Code of medical and sanitary regulations for the guidance of medical officers serving in the Madras Presidency - Volume II
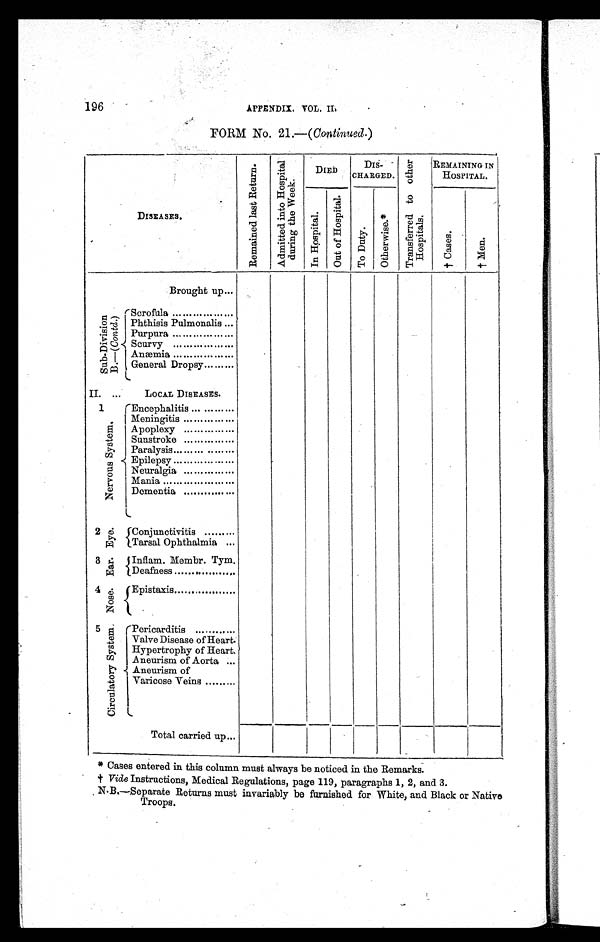
196
APPENDIX. VOL. II.
FORM No. 21.—( Continued. )
DISEASES.
R e m a i n e d l a s t R e t u r n .
A d m i t t e d i n t o H o s p i t a l
d u r i n g t h e We e k .
DIED
DIS-
CHARGED.
T r a n s f e r r e d t o o t h e r
H o s p i t a l s .
REMAINING IN
HOSPITAL.
I n Hos pi t a l . O u t o f H o s p i t a l .
T o D u t y .
O t h e r w i s e . *
† C a s e s .
† M e n .
Brought up...
S u b - D i v i s i o n
B . — (
C o n t d .
)
Scrofula ..................
Phthisis Pulmonalis ...
Purpura..................
Scurvy ..................
Anæmia ..................
General Dropsy .........
II. ...
LOCAL DISEASES.
1
N e r v o u s S y s t e m .
Encephalitis ............
Meningitis ...............
Apoplexy ...............
Sunstroke ...............
Paralysis .................
Epilepsy ..................
Neuralgia ...............
Mania .....................
Dementia ...............
2 Eye. Conjunctivitis .........
Tarsal Ophthalmia ...
3 Ear. Inflam. Membr. Tym.
Deafness ..................
4 No s e .
Epistaxis ..................
5 C i r c u l a t o r y S y s t e m . Pericarditis ............
Valve Disease of Heart.
Hypertrophy of Heart.
Aneurism of Aorta ...
Aneurism of
Varicose Veins .........
Total carried up ...
* Cases entered in this column must always be noticed in the Remarks.
† Vide Instructions, Medical Regulations, page 119, paragraphs 1, 2, and 3.
N.B.—Separate Returns must invariably be furnished for White, and Black or Native
Troops.